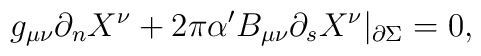
g_{\mu\nu}\partial_{n}X^{\nu}+2\pi\alpha^{\prime}B_{\mu\nu}\partial_{s} X^{\nu}|_{\partial\Sigma}=0,